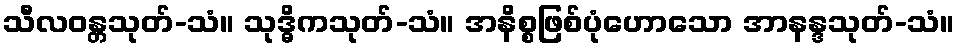
သီလဝန္တသုတ်-သံ။ သုဒ္ဓိကသုတ်-သံ။ အနိစ္စဖြစ်ပုံဟောသော အာနန္ဒသုတ်-သံ။